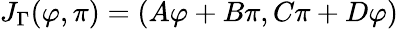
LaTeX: J_{\Gamma}(\varphi,\pi)=(A\varphi+B\pi,C\pi+D\varphi)